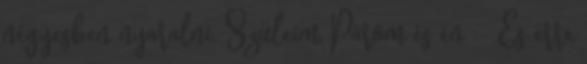
négyesben nyaralni. Szüleim, Párom és én :- És erre